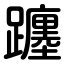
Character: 躔